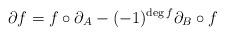
LaTeX: \begin{align*}\partial f=f\circ\partial_{A}-(-1)^{\deg f}\partial_{B}\circ f\end{align*}